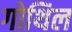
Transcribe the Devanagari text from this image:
गोथिल